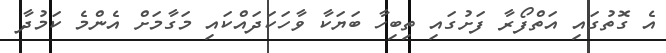
އެ ގޮތުގައި އަތްފޯރާ ފަށުގައި ތިބިހާ ބަޔަކާ ވާހަކަދައްކައި މަގާމަށް އެންމެ ކަމުދާ